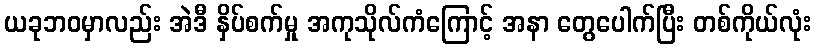
ယခုဘဝမှာလည်း အဲဒီ နှိပ်စက်မှု အကုသိုလ်ကံကြောင့် အနာ တွေပေါက်ပြီး တစ်ကိုယ်လုံး